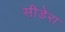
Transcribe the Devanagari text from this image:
सीडेरा